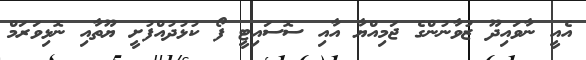
އެއީ ނާވައިދޫ ޒުވާނުންގެ ޖަމިއްޔާ އާއި ސޮސައިޓީ ފޯ ކުޅުދުއްފުށީ ޔޫތާއި ނޮޅިވަރަމް